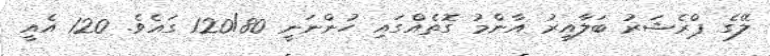
ލޭގެ ޕްރެޝަރު ބަލާއިރު އާންމު ގޮތެއްގައި ހުންނަނީ 120/80 ގައެވެ. 120 އެއީ